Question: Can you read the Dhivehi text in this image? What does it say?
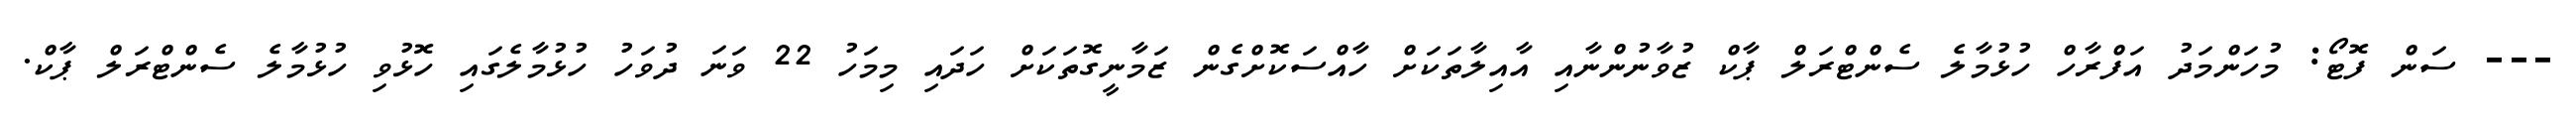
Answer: --- ސަން ފޮޓޯ: މުހަންމަދު އަފްރާހް ހުޅުމާލެ ސެންޓްރަލް ޕާކް ޒުވާނުންނާއި އާއިލާތަކަށް ހާއްސަކޮށްގެން ޒަމާނީގޮތަކަށް ހަދައި މިމަހު 22 ވަނަ ދުވަހު ހުޅުމާލެގައި ހޮޅުވި ހުޅުމާލެ ސެންޓްރަލް ޕާކް.